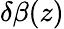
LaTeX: \delta\beta(z)